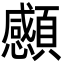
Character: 䫲